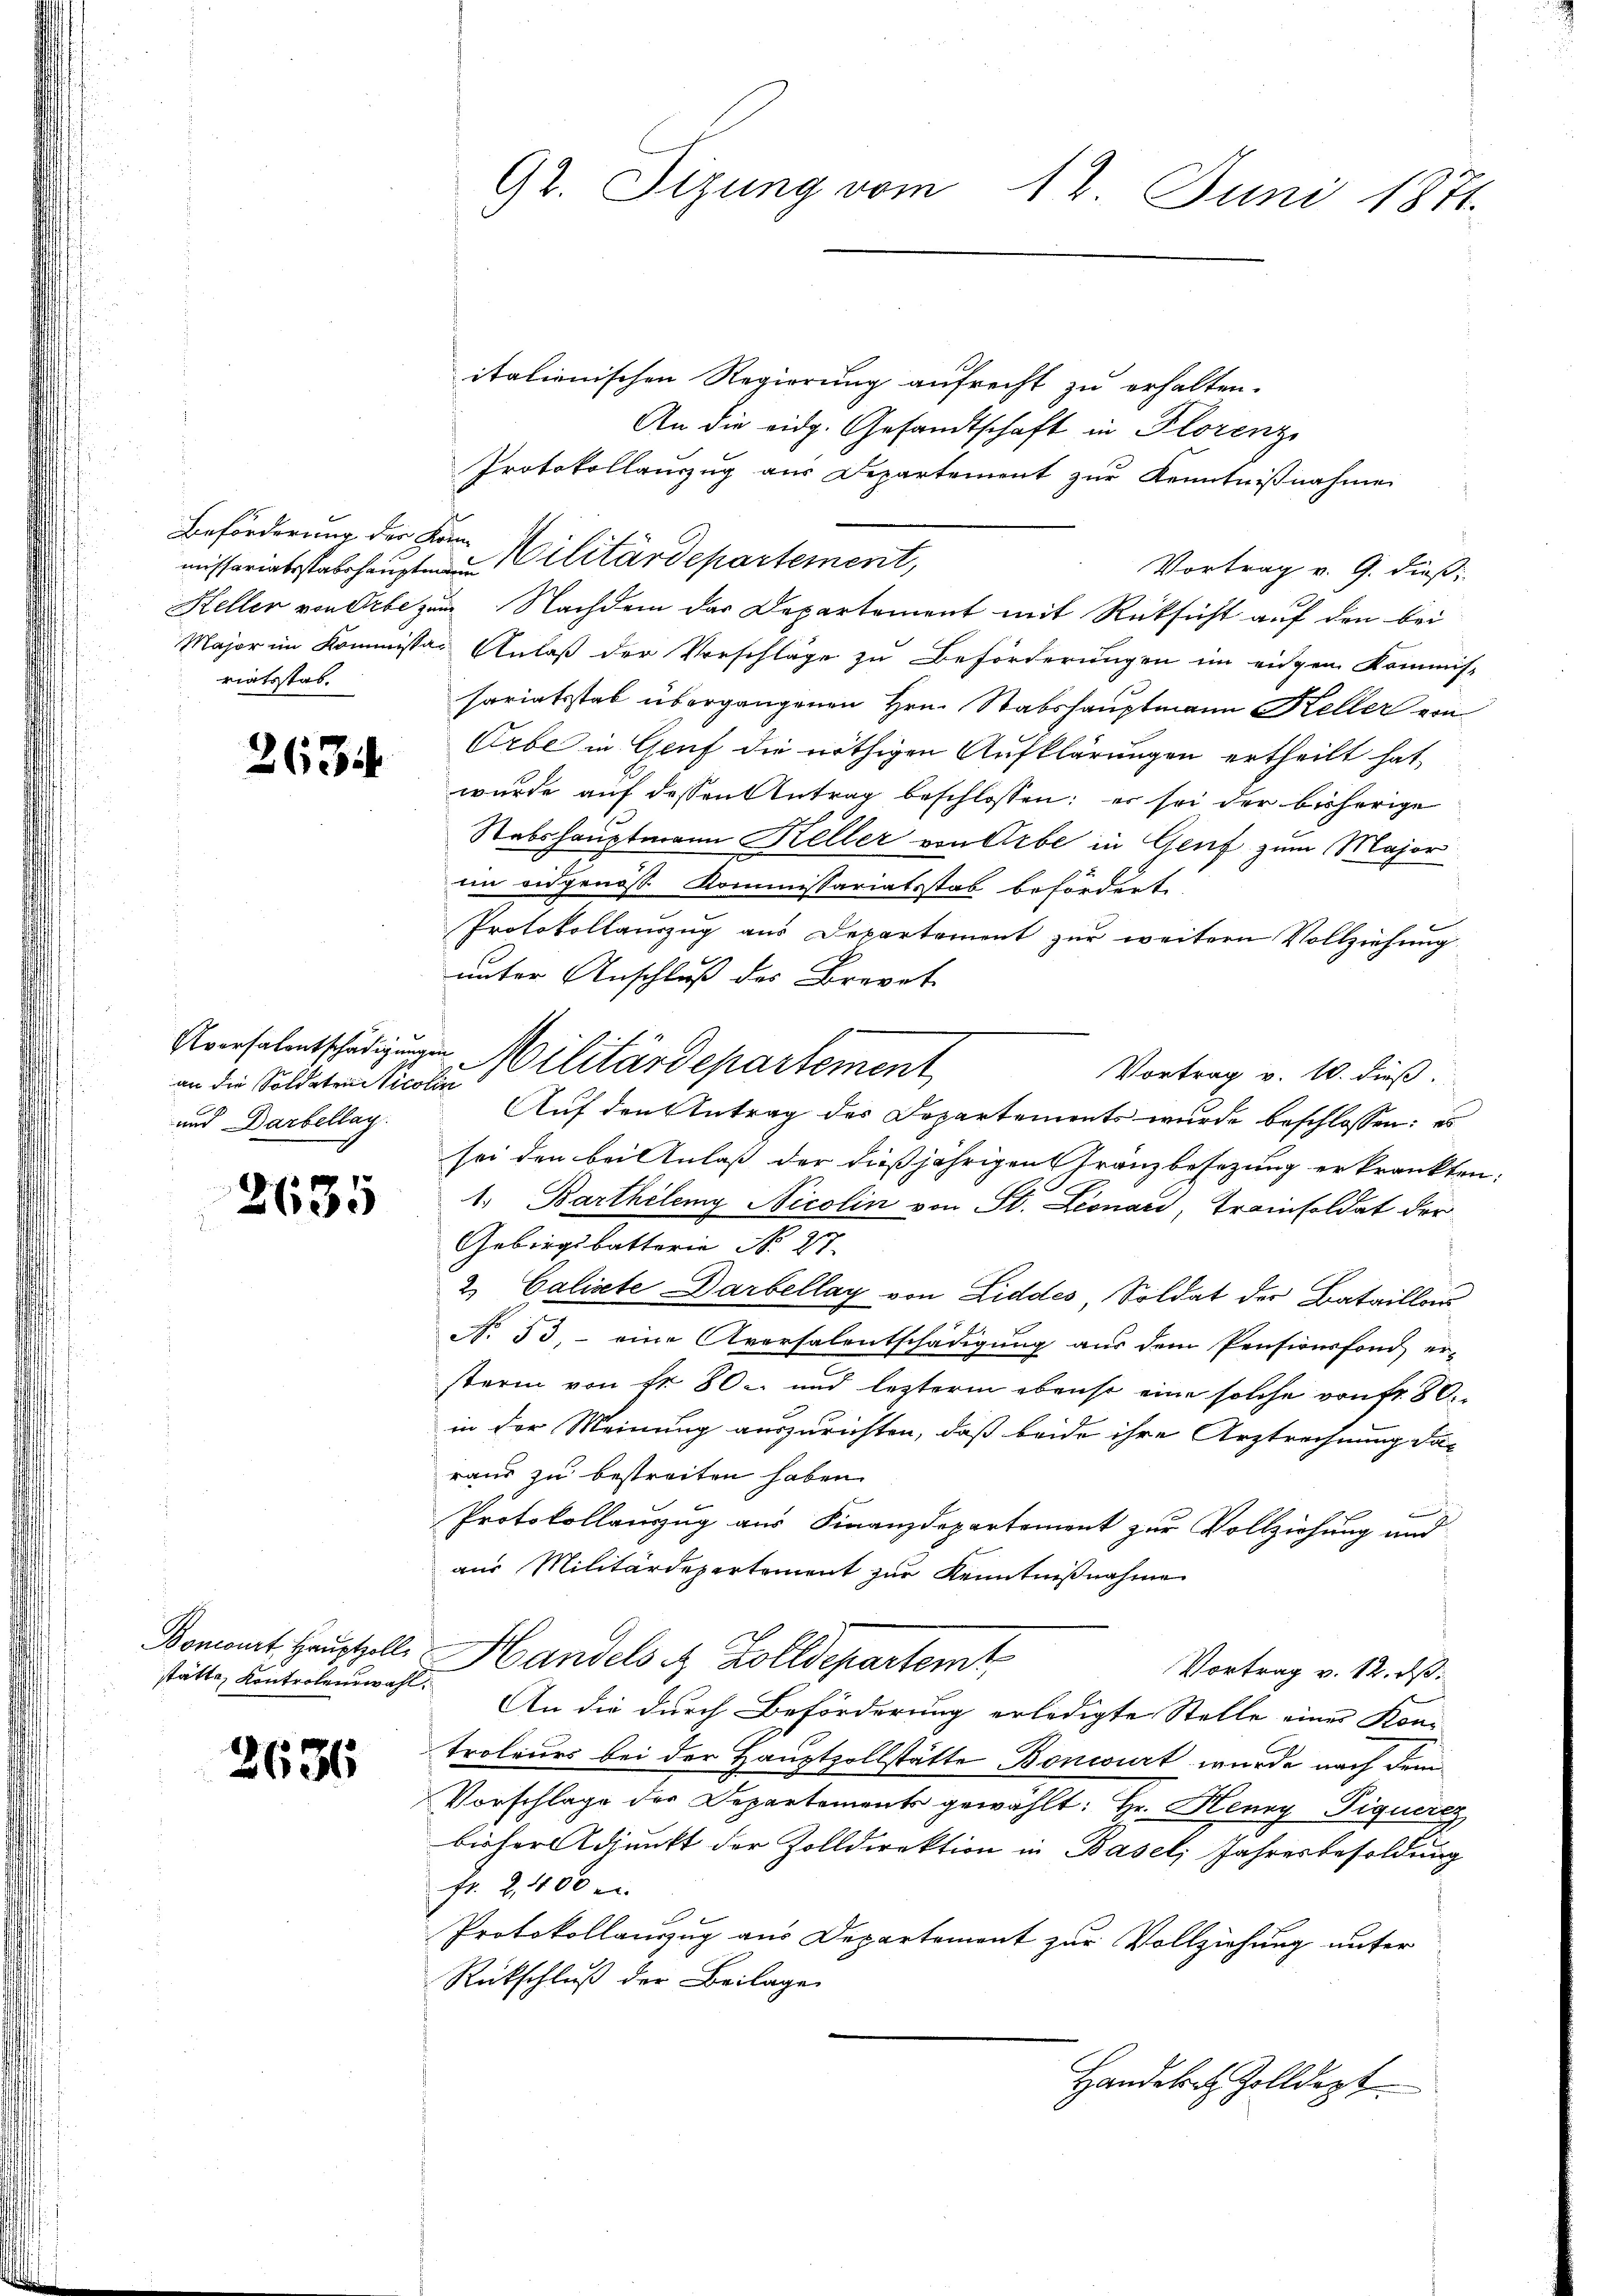
Beförderung der Könn
riatsstab.

263

an die Soldaten Nicolin
und Darbellag.

2635

stätte, Kontrolenswahl.

2636

92. Sizung vom 12. Juni 1871.

italienischen Regierung aufrecht zu erhalten.
An die eidg. Gesandtschaft in Florenz
Protokollauszug aus Departement zur Kenntnißnahmen
missariatsstabehaupten Militärdepartement,
Vortrag v. 9. dieß:
Heller von Erbe zum Nachdem das Departement mit Rücksicht auf den bei
Major im Kommissar Anlaß der Vorschläge zu Beförderungen im eidgen Kommis-
sariatsstab übergangenen Hrn. Stabshauptmann Keller von
Orbe in Genf die nöthigen Aufklärungen ertheilt hat,
wurde auf dessen Antrag beschlossen: es sei der bisherige
Stabshauptmann Keller von Erbe in Genf zum Major
iin eidgenöß Kommissariatsstab beförderte.
Protokollauszug aus Departement zur weitern Vollziehung.
unter Anschluß des Brevet
Vortrag v. 10. dieß.
Auf den Antrag des Departements wurde beschlossen: es
sei den bei Anlaß der dießjährigen Gränzbesezung erkrankten
1. Barthilemy Nicolin von St. Leonari, Trainsoldat der
Gebirgsbatterie No. 27.
2. Caliste Darbellay von Liddes, Soldat der Bataillos
No. 53, - eine Aversalentschädigung aus dem Pensionsfond er-
sterin von Fr. 80. und letzterm ebenso eine solche von fr. 80.
in der Meinung auszurichten, daß beide ihre Arztrechnung dar
raus zu bestreiten haben.
be
Protokollauszug aus Finanzdepartement zur Vollziehung und
aus Militärdepertement zur Kenntnißnahme
Bomont. Hauptzelle Handels & Zolldepartemt
Vortrag v. 12. ds.
An die durch Beförderung erledigte Stelle einer Kon-
Troleurs bei der Hauptzollstätte Bonwirt wurde nach dem
Vorschlage der Departements gewählt: Hr. Henry Piquereg
bisher Adjunkt der Zolldirektion in Basel, Jahresbesoldung
fr. 2,400 m
Protokollauszug aus Departement zur Vollziehung unter
Rückschluß der Beilage

Aversalentschädigungen Militärdepartement

Handelt Zolldept